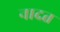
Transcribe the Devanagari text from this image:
नादत